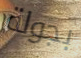
بجولة